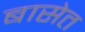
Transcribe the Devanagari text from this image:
बासेत